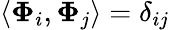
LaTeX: \langle\boldsymbol{\Phi}_{i},\boldsymbol{\Phi}_{j}\rangle=\delta_{ij}